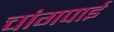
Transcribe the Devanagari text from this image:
चांगपाई